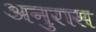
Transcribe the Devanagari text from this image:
अनुरास